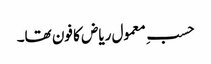
حسبِ معمول ریاض کا فون تھا۔